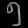
Digit: ၅